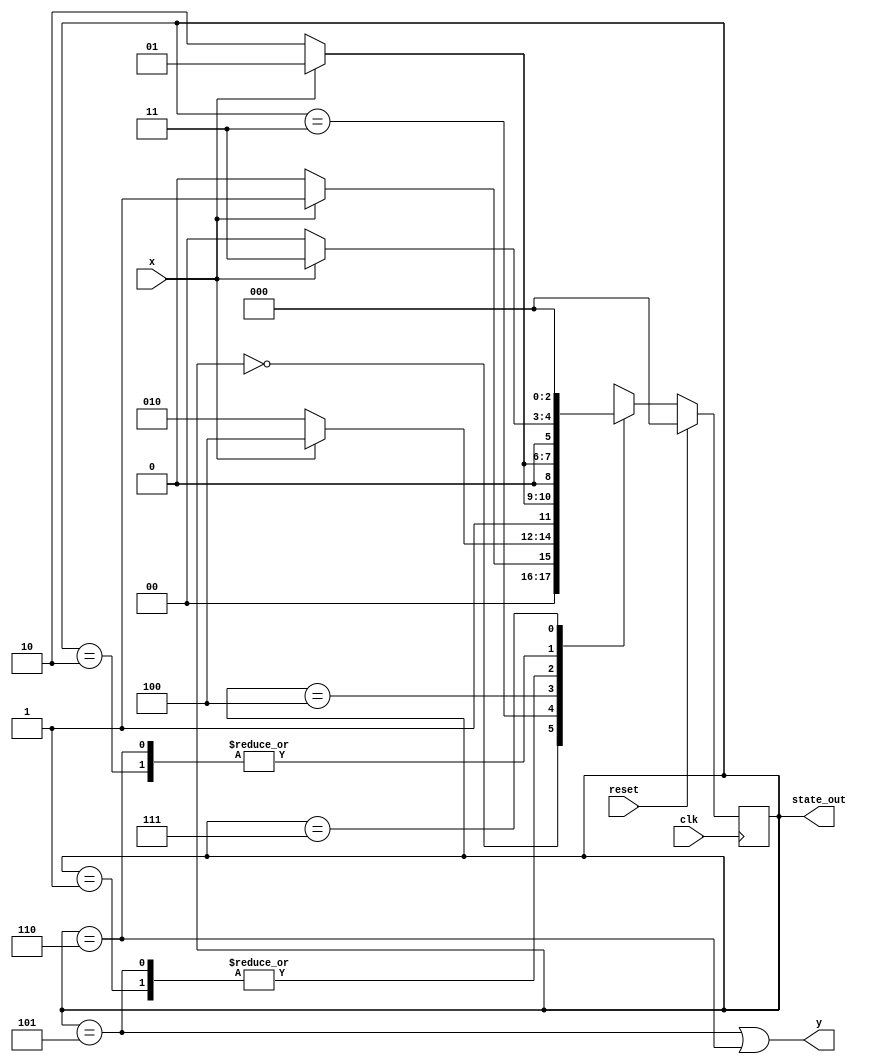
module fsm_1(x, y, clk, reset, state_out);
input wire x, clk, reset;
output wire y;
output wire [2:0] state_out;
reg [2:0] State;
reg [2:0] NextState;
localparam 	STATE_Initial = 3'b000,
			STATE_1 = 3'b001,
		 	STATE_2 = 3'b010,
			STATE_3 = 3'b011,
			STATE_4 = 3'b100,
			STATE_5 = 3'b101,
			STATE_6 = 3'b110,
			STATE_7_UNUSED = 3'b111;
always @(posedge clk) begin
	if (reset) State <= STATE_Initial;
	else State <= NextState;
end
assign y = (State == STATE_5) | (State == STATE_6);
assign state_out = State;
always @(*) begin
	NextState = State;
	case (State) 
		STATE_Initial: begin
			if (x) NextState = STATE_1;
			else NextState = STATE_Initial;
		end
		STATE_1 : begin
			if (x) NextState = STATE_1;
			else NextState = STATE_2;
		end
		STATE_2 : begin
			if (x) NextState = STATE_3;
			else NextState = STATE_Initial;
		end
		STATE_3 : begin
			if (x) NextState = STATE_4;
			else NextState = STATE_2;
		end
		STATE_4 : begin
			if (x) NextState = STATE_5;
			else NextState = STATE_6;
		end
		STATE_5 : begin
			if (x) NextState = STATE_1;
			else NextState = STATE_2;
		end
		STATE_6 : begin
			if (x) NextState = STATE_3;
			else NextState = STATE_Initial;
		end
		STATE_7_UNUSED : begin
			NextState = STATE_Initial;
		end
	endcase
end
endmodule